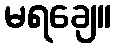
မရချေ။